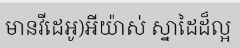
មានវីដេអូ)អីយ៉ាស់ ស្នាដៃដ៏ល្អ